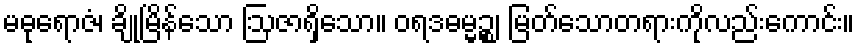
မဓုရောဇံ၊ ချိုမြိန်သော ဩဇာရှိသော။ ဝရဒဓမ္မဉ္စ၊ မြတ်သောတရားကိုလည်းကောင်း။